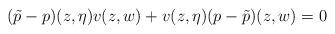
LaTeX: \begin{align*} (\tilde{p}-p)(z,\eta) v(z,w)+ v(z,\eta)(p-\tilde{p})(z,w)=0 \end{align*}